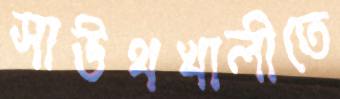
সাউথখালীতে